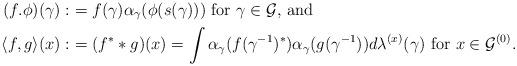
LaTeX: \begin{align*}(f.\phi)(\gamma):&=f(\gamma)\alpha_{\gamma}(\phi(s(\gamma))) \textrm{ for $\gamma \in \mathcal{G}$, and} \\ \langle f,g \rangle(x):& = (f^{*}*g)(x) = \int \alpha_{\gamma}(f(\gamma^{-1})^{*})\alpha_{\gamma}(g(\gamma^{-1}))d\lambda^{(x)}(\gamma) \textrm{ for $x \in \mathcal{G}^{(0)}$}. \end{align*}